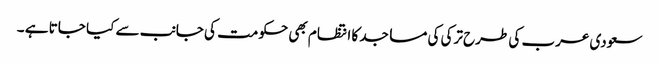
سعودی عرب کی طرح ترکی کی مساجد کا انتظام بھی حکومت کی جانب سے کیا جاتا ہے ۔